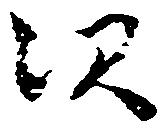
次